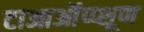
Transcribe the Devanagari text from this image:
टाआऑंप्प्शूण